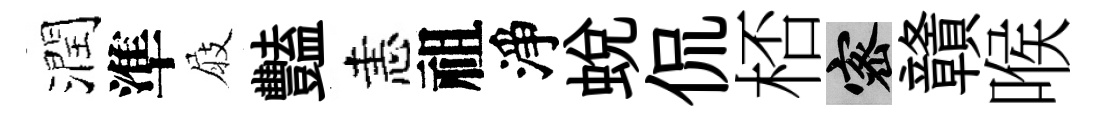
潤準屐豔恚祖淨蜕侃桮密贛喉